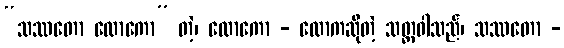
“သဿတော လောကော” တဲ့၊ လောကော - လောကဆိုတဲ့ သတ္တဝါသည်၊ သဿတော -